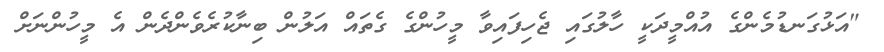
"އަޅުގަނޑުމެންގެ އުއްމީދަކީ ހާލުގައި ޖެހިފައިވާ މީހުންގެ ގެތައް އަލުން ބިނާކުރެވެންދެން އެ މީހުންނަށް